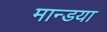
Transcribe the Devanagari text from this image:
मान्डया